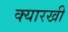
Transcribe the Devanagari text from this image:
क्यारखी